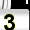
Digit: 3